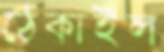
ঠেকাইল